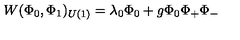
W ( \Phi _ { 0 } , \Phi _ { 1 } ) _ { U ( 1 ) } = \lambda _ { 0 } \Phi _ { 0 } + g \Phi _ { 0 } \Phi _ { + } \Phi _ { - }